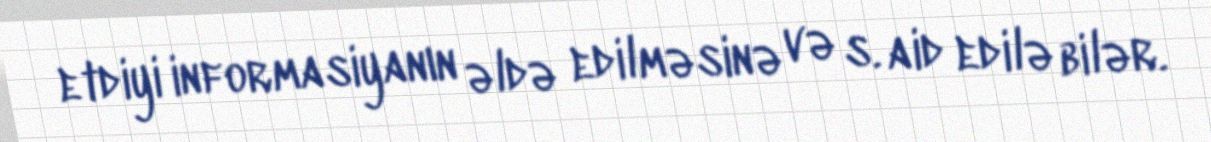
etdiyi informasiyanın əldə edilməsinə və s. aid edilə bilər.